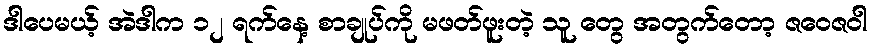
ဒါပေမယ့် အဲဒါက ၁၂ ရက်နေ့ စာချုပ်ကို မဖတ်ဖူးတဲ့ သူ တွေ အတွက်တော့ ဇဝေဇဝါ